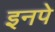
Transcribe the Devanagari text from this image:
इनपे